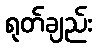
ရုတ်ချည်း